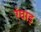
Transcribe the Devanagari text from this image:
रंघाड़